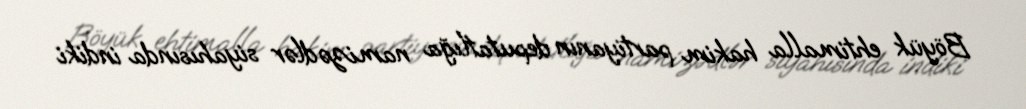
Böyük ehtimalla hakim partiyanın deputatlığa namizədlər siyahısında indiki